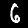
Digit: 6